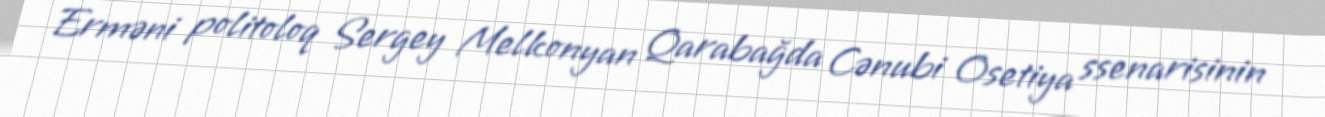
Erməni politoloq Sergey Melkonyan Qarabağda Cənubi Osetiya ssenarisinin